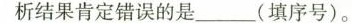
析结果肯定错误的是_______(填序号)。